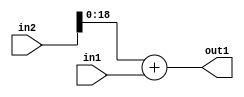
`timescale 1ps / 1ps
/*****************************************************************************
    Verilog RTL Description
    
    
    Created by: Stratus DpOpt 2019.1.01 
*******************************************************************************/

module SobelFilter_Add_20Sx16U_19U_4 (
	in2,
	in1,
	out1
	); /* architecture "behavioural" */ 
input [19:0] in2;
input [15:0] in1;
output [18:0] out1;
wire [18:0] asc001;

assign asc001 = 
	+(in2[18:0])
	+(in1);

assign out1 = asc001;
endmodule

/* CADENCE  ubLxSAg= : u9/ySgnWtBlWxVPRXgAZ4Og= ** DO NOT EDIT THIS LINE ******/